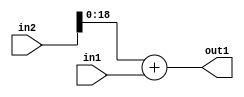
`timescale 1ps / 1ps
/*****************************************************************************
    Verilog RTL Description
    
    
    Created by: Stratus DpOpt 2019.1.01 
*******************************************************************************/

module SobelFilter_Add_20Sx16U_19U_4 (
	in2,
	in1,
	out1
	); /* architecture "behavioural" */ 
input [19:0] in2;
input [15:0] in1;
output [18:0] out1;
wire [18:0] asc001;

assign asc001 = 
	+(in2[18:0])
	+(in1);

assign out1 = asc001;
endmodule

/* CADENCE  ubLxSAg= : u9/ySgnWtBlWxVPRXgAZ4Og= ** DO NOT EDIT THIS LINE ******/